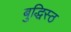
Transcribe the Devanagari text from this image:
बुद्धिस्ठ